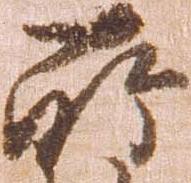
所